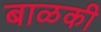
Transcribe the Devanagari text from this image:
बाळकी